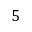
5